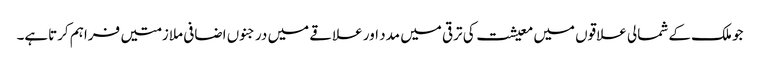
جو ملک کے شمالی علاقوں میں معیشت کی ترقی میں مدد اور علاقے میں درجنوں اضافی ملازمتیں فراہم کرتاہے۔